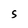
Character: S